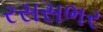
રસસભર